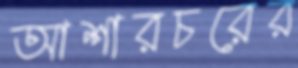
আশারচরের